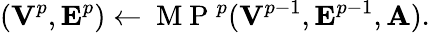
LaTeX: ({\mathbf V}^{p},{\mathbf E}^{p})\leftarrow\mathrm{~M~P~}^{p}({\mathbf V}^{p-1},{\mathbf E}^{p-1},{\mathbf A}).